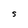
Character: S